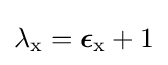
\mathrm {\lambda } _{\mathrm {x} }={\boldsymbol {\epsilon }}_{\mathrm {x} }+1